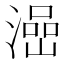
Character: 澏